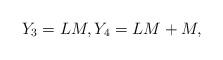
LaTeX: \begin{align*}Y_3= LM, Y_4=LM+M,\end{align*}